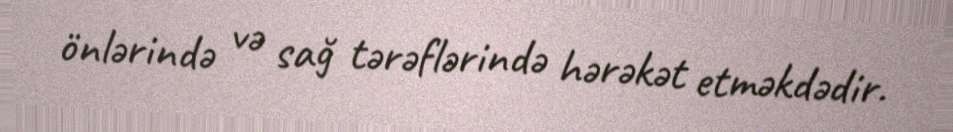
önlərində və sağ tərəflərində hərəkət etməkdədir.